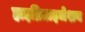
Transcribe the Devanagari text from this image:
हाइब्रिडाइजेशन